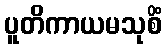
ပူတိကာယမသုစိံ